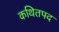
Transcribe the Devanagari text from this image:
कथितपद